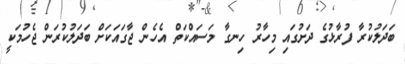
ބަދަލުކުރާ ފުރާޅުގެ ދަށުގައި މިހާރު ހިނގާ މަސައްކަތް އެހެން ޖާގައަކަށް ބަދަލުކުރަން ޖެހުމަކީ